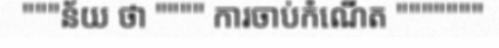
"""ន័យ ថា """" ការចាប់កំណើត """""""